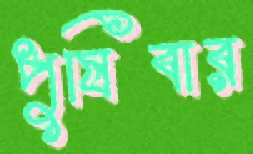
পুষিবার